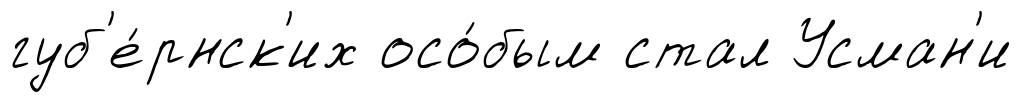
губ'е́рнск'их осо́бым стал Усман'и